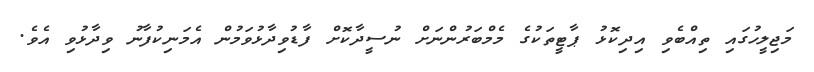
މަޖިލީހުގައި ތިއްބެވި އިދިކޮޅު ޕާޓީތަކުގެ މެމްބަރުންނަށް ނުސީދާކޮށް ފާޑުވިދާޅުވަމުން އެމަނިކުފާނު ވިދާޅުވި އެވެ.